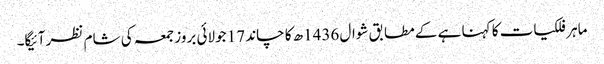
ماہر فلکیات کا کہنا ہے کے مطابق شوال 1436ھ کا چاند 17 جولائی بروز جمعہ کی شام نظر آئیگا۔